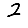
Digit: 2